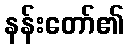
နန်းတော်၏